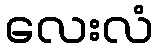
လေးလံ